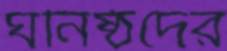
ঘনিষ্ঠদের